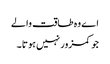
اے وہ طاقت والے
جو کمزور نہیں ہوتا ۔